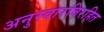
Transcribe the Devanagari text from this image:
अनुस्वारविरहित